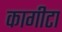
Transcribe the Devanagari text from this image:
कागीटा